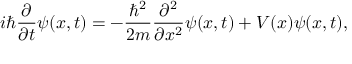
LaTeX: i \hbar { \frac { \partial } { \partial t } } \psi ( x , t ) = - { \frac { \hbar ^ { 2 } } { 2 m } } { \frac { \partial ^ { 2 } } { \partial x ^ { 2 } } } \psi ( x , t ) + V ( x ) \psi ( x , t ) ,